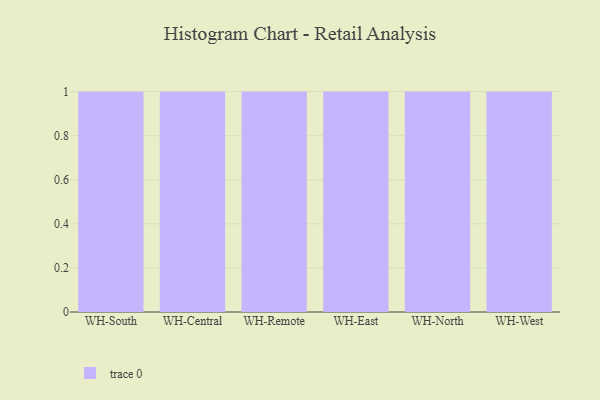
{"axis": {"x": "Warehouse", "y": "Humidity (%)"}, "legend": [""], "data": [{"x": "WH-South", "y": 69, "type": ""}, {"x": "WH-Central", "y": 20, "type": ""}, {"x": "WH-Remote", "y": 62, "type": ""}, {"x": "WH-East", "y": 49, "type": ""}, {"x": "WH-North", "y": 60, "type": ""}, {"x": "WH-West", "y": 42, "type": ""}]}